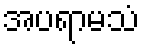
အပရာမသံ